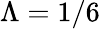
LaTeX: \Lambda=1/6